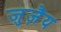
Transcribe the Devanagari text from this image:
जुज़ैय